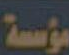
مؤسسة